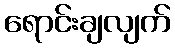
ရောင်းချလျက်